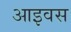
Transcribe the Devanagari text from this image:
आइवस